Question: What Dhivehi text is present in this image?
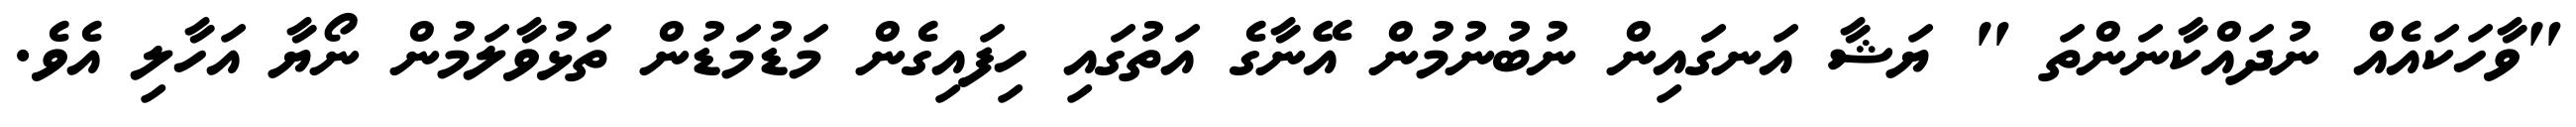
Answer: "ވާހަކައެއް ނުދައްކާނަންތަ " ޔަޝާ އަނގައިން ނުބުނުމުން އޭނާގެ އަތުގައި ހިފައިގެން މަޑުމަޑުން ތަޅުވާލަމުން ނޯޔާ އަހާލި އެވެ.